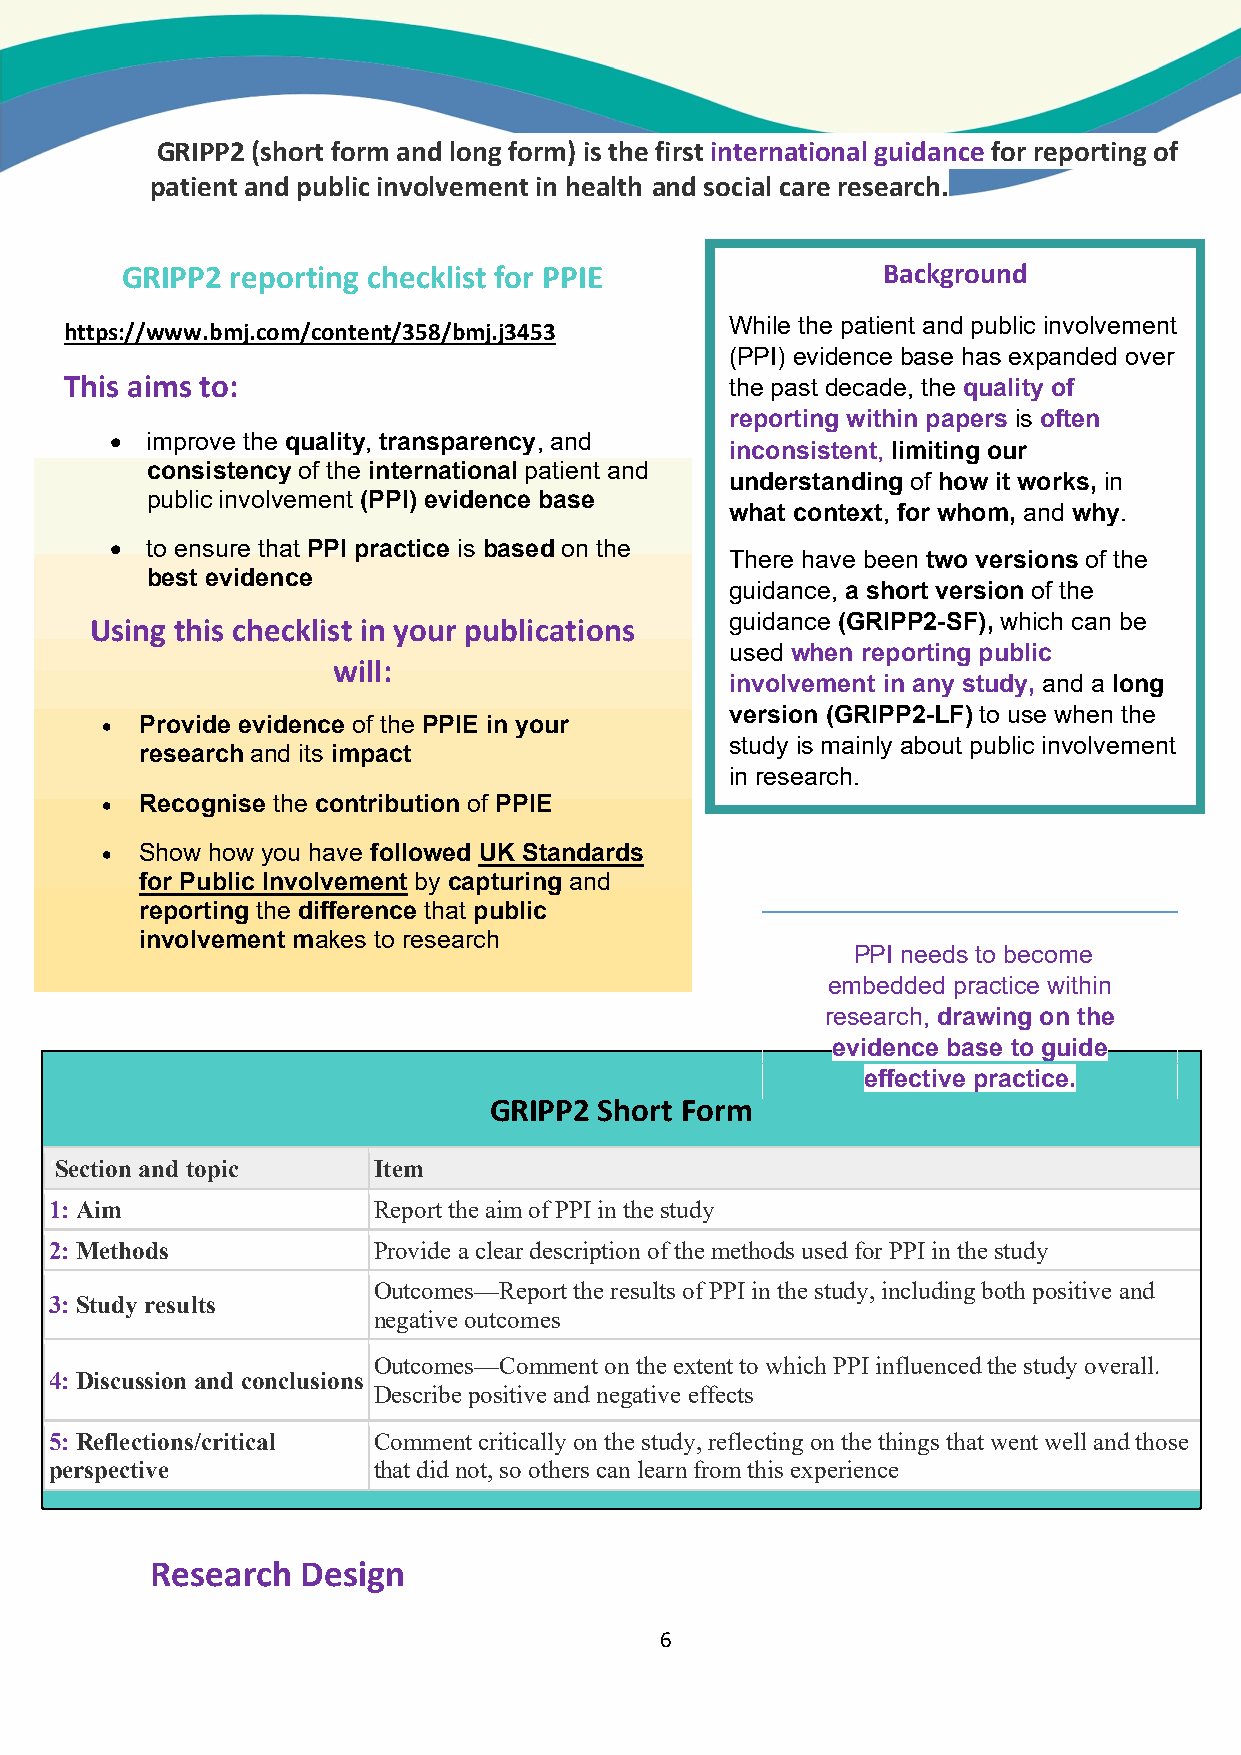
GRIPP2 (short form and long form) is the first international guidance for reporting of
 patient and public involvement in health and social care research.
 GRIPP2 reporting checklist for PPIE               Background
 While the patient and public involvement
 https://www.bmj.com/content/358/bmj.j3453
 (PPI) evidence base has expanded over
 This aims to:                               the past decade, the quality of
 reporting within papers is often
   improve the quality, transparency, and
 inconsistent, limiting our
 consistency of the international patient and
 understanding of how it works, in
 public involvement (PPI) evidence base
 what context, for whom, and why.
   to ensure that PPI practice is based on the
 There have been two versions of the
 best evidence
 guidance, a short version of the
 guidance (GRIPP2-SF), which can be
 Using this checklist in your publications
 used when reporting public
 will:
 involvement in any study, and a long
 version (GRIPP2-LF) to use when the
  P rovide evidence of the PPIE in your
 study is mainly about public involvement
 research and its impact
 in research.
  Recognise the contribution of PPIE
  Show how you have followed UK Standards
 for Public Involvement by capturing and
 reporting the difference that public
 involvement makes to research
 PPI needs to become
 embedded practice within
 research, drawing on the
 evidence base to guide
 effective practice.
 GRIPP2  Short Form
 ‘Section and topic    Item
 1: Aim                Report the aim of PPI in the study
 2: Methods            Provide a clear description of the methods used for PPI in the study
 Outcomes—Report the results of PPI in the study, including both positive and
 3: Study results
 negative outcomes
 Outcomes—Comment on the extent to which PPI influenced the study overall.
 4: Discussion and conclusions
 Describe positive and negative effects
 5: Reflections/critical Comment critically on the study, reflecting on the things that went well and those
 perspective           that did not, so others can learn from this experience
 Research  Design
 6